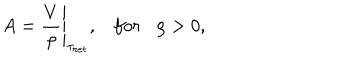
LaTeX: A = \frac { V } { \rho } { \Bigg | } _ { { \tau } _ { r e t } } , f o r \rho > 0 ,